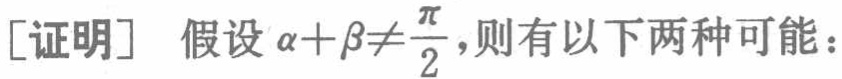
[证明] 假设 \(\alpha+\beta\neq\frac{\pi}{2}\)，则有以下两种可能：